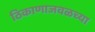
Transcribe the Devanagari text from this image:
ठिकाणाजवळच्या